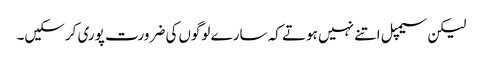
لیکن سیمپل اتنے نہیں ہوتے کہ سارے لوگوں‌کی ضرورت پوری کرسکیں۔